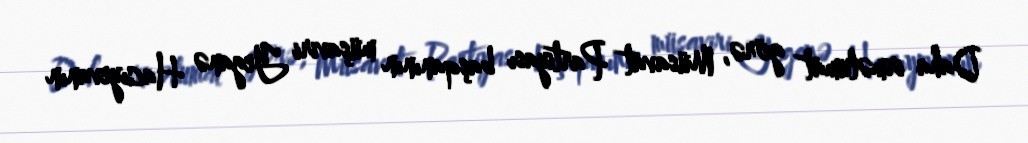
Daha irməlumat görə, Müsavat Partiyası başqanının müşaviri Yeganə Hacıyevanın